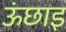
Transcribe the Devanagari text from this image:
ऊंछाइ